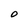
Character: O